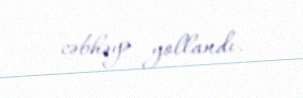
cəbhəyə yollandı.